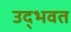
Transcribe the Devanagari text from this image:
उद्‌भवत